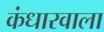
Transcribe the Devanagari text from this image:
कंधारवाला